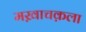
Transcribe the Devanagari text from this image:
मख़ाचक़ला